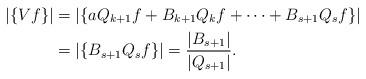
LaTeX: \begin{align*}|\{ Vf \}| &= |\{ a Q_{k+1}f + B_{k+1} Q_{k}f + \dots + B_{s+1} Q_s f \}| \\&= |\{B_{s+1} Q_s f \}| = \frac {|B_{s+1}|}{|Q_{s+1} |} .\end{align*}